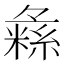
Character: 𱹾